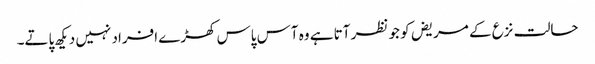
حالت نزع کے مریض کو جو نظر آتا ہے وہ آس پاس کھڑے افراد نہیں دیکھ پاتے۔